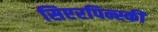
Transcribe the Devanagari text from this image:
सिएरपिन्स्की